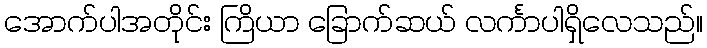
အောက်ပါအတိုင်း ကြိယာ ခြောက်ဆယ် လင်္ကာပါရှိလေသည်။